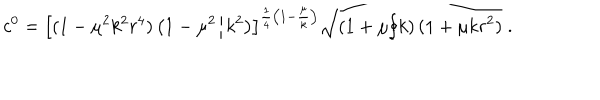
c ^ { 0 } = \left[ ( 1 - \mu ^ { 2 } k ^ { 2 } r ^ { 4 } ) \left( 1 - \mu ^ { 2 } / k ^ { 2 } \right) \right] ^ { \frac { 1 } { 4 } \left( 1 - \frac { \mu } { k } \right) } \sqrt { \left( 1 + \mu / k \right) ( 1 + \mu k r ^ { 2 } ) } \; .